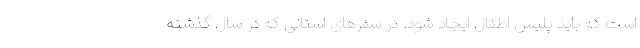
است که باید پلیس اطفال ایجاد شود. در سفرهای استانی که در سال گذشته